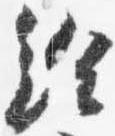
給